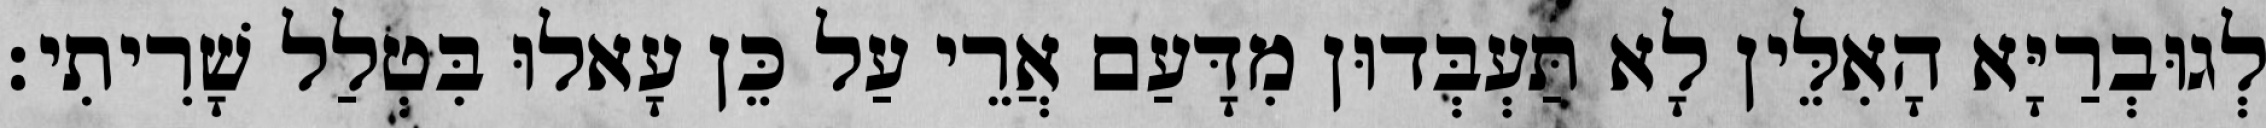
לְגוּבְרַיָּא הָאִלֵּין לָא תַּעְבְּדוּן מִדָּעַם אֲרֵי עַל כֵּן עָאלוּ בִּטְלַל שָׁרִיתִי׃